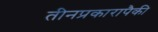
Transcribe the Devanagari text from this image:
तीनप्रकारापैकी